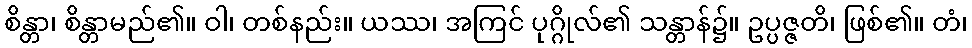
စိန္တာ၊ စိန္တာမည်၏။ ဝါ၊ တစ်နည်း။ ယဿ၊ အကြင် ပုဂ္ဂိုလ်၏ သန္တာန်၌။ ဥပ္ပဇ္ဇတိ၊ ဖြစ်၏။ တံ၊